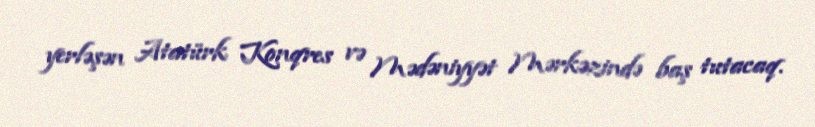
yerləşən Atatürk Konqres və Mədəniyyət Mərkəzində baş tutacaq.